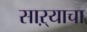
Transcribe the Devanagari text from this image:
साऱ्याचा